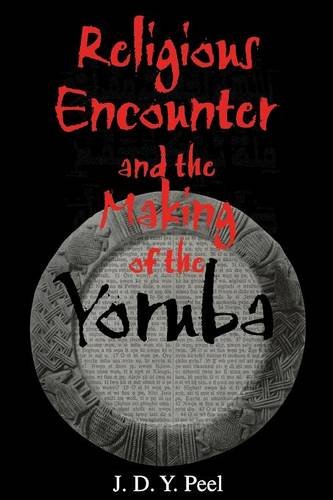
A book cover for Religious Encounter and the Making of the Yoruba (African Systems of Thought); J.D.Y. Peel; History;